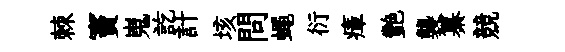
棘竇嵬訖計垓問蠅衍瘴艷襲纂競